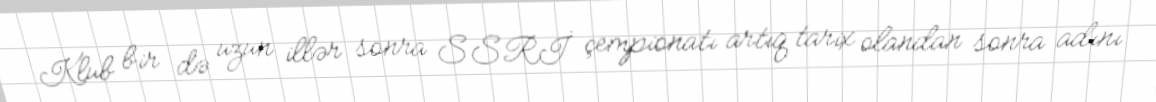
Klub bir də uzun illər sonra SSRİ çempionatı artıq tarix olandan sonra adını